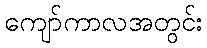
ကျော်ကာလအတွင်း